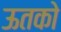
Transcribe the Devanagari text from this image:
ऊतको